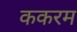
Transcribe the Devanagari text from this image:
ककरम